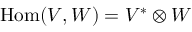
\operatorname { H o m } ( V , W ) = V ^ { * } \otimes W